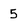
Character: 5